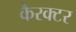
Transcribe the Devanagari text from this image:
कैरक्टर